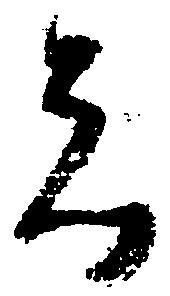
者